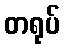
တရုပ်